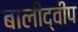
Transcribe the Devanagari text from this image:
बालीद्वीप